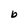
Character: b